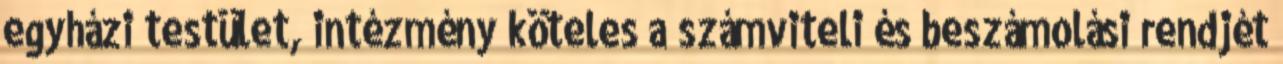
egyházi testület, intézmény köteles a számviteli és beszámolási rendjét